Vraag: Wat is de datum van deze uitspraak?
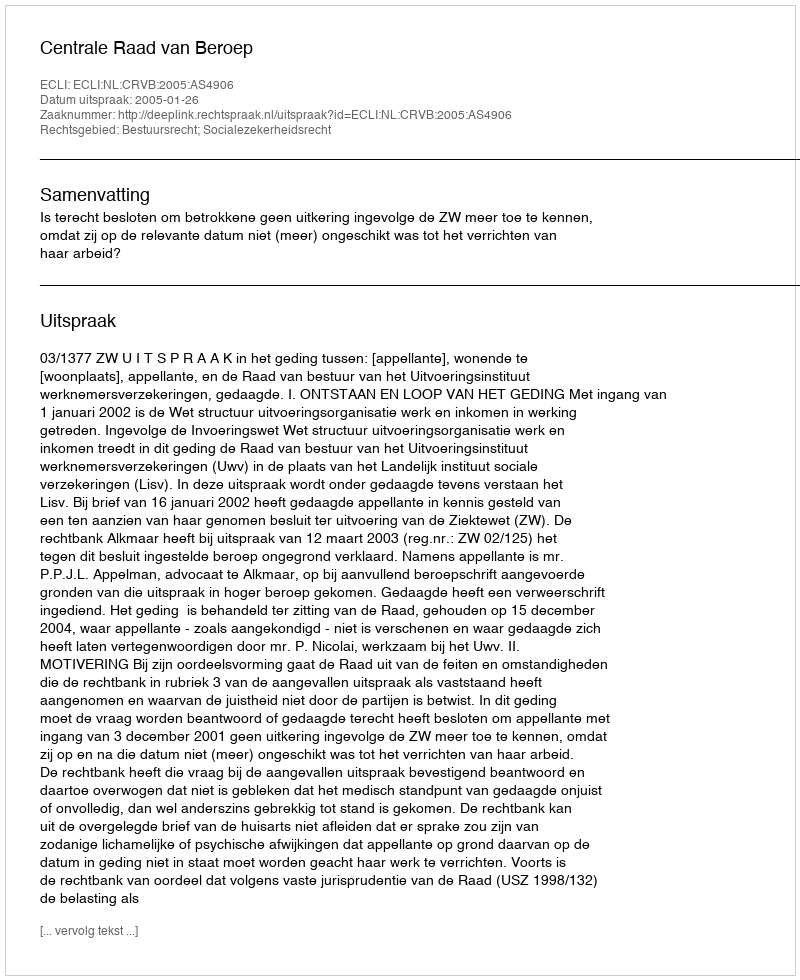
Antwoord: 2005-01-26